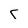
Character: L